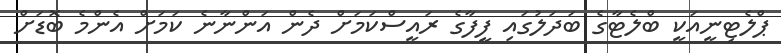
ޕްލެޓިނީއަކީ ބްލެޓާގެ ބަދަލުގައި ފީފާގެ ރައީސްކަމަށް ދެން އަންނާނެ ކަމަށް އެންމެ ބޮޑަށް